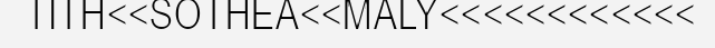
TITH<<SOTHEA<<MALY<<<<<<<<<<<<